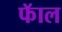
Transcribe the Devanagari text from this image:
फॅाल